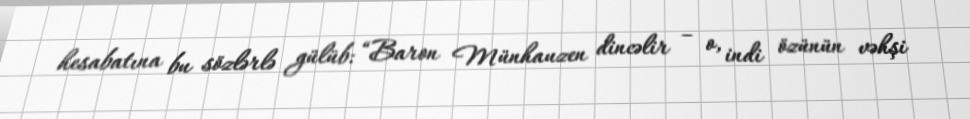
hesabatına bu sözlərlə gülüb: “Baron Münhauzen dincəlir – o, indi özünün vəhşi